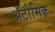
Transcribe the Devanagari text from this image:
ॲटोमिक